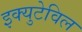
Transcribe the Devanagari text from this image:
इक्युटेविल